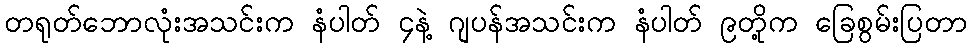
တရုတ်ဘောလုံးအသင်းက နံပါတ် ၄နဲ့ ဂျပန်အသင်းက နံပါတ် ၉တို့က ခြေစွမ်းပြတာ